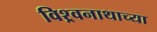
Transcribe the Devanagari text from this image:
विश्र्वनाथाच्या